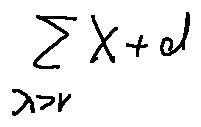
\sum \limits _ { \lambda > r } X + d